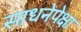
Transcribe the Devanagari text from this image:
साधनेपेक्षा